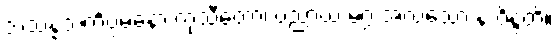
သံသန္နသင်္ကပ္ပမနော ကုသီတော၊ ပညာယ မဂ္ဂံ အလသော န ဝိန္ဒတိ။